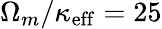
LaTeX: \Omega_{m}/\kappa_{\mathrm{eff}}=25